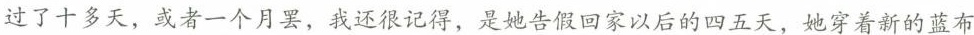
过了十多天，或者一个月罢，我还很记得，是她告假回家以后的四五天，她穿着新的蓝布